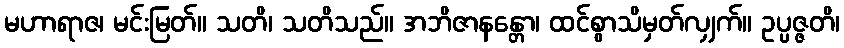
မဟာရာဇ၊ မင်းမြတ်။ သတိ၊ သတိသည်။ အဘိဇာနန္တော၊ ထင်စွာသိမှတ်လျှက်။ ဥပ္ပဇ္ဇတိ၊